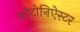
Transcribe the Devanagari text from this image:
कोटोनिऐस्टर